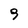
Character: 9